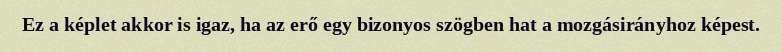
Ez a képlet akkor is igaz, ha az erő egy bizonyos szögben hat a mozgásirányhoz képest.